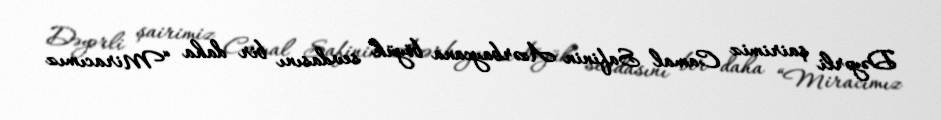
Dəyərli şairimiz Camal Safinin Azərbaycana böyük sevdasını bir daha “Miracımız